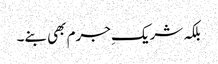
بلکہ شریکِ جرم بھی بنے۔